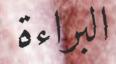
البراءة